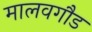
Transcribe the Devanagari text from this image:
मालवगौड